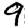
Digit: 9